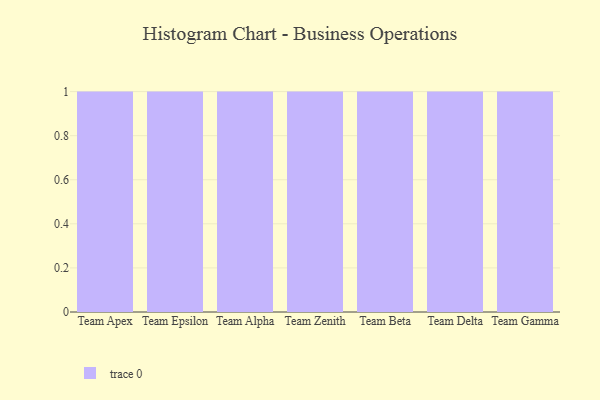
{"axis": {"x": "Team", "y": "Population (Million)"}, "legend": [""], "data": [{"x": "Team Apex", "y": 70, "type": ""}, {"x": "Team Epsilon", "y": 84, "type": ""}, {"x": "Team Alpha", "y": 56, "type": ""}, {"x": "Team Zenith", "y": 12, "type": ""}, {"x": "Team Beta", "y": 38, "type": ""}, {"x": "Team Delta", "y": 55, "type": ""}, {"x": "Team Gamma", "y": 83, "type": ""}]}